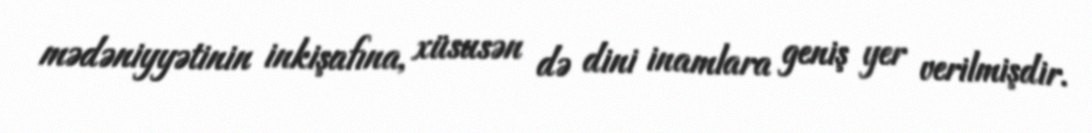
mədəniyyətinin inkişafına, xüsusən də dini inamlara geniş yer verilmişdir.